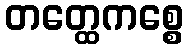
တတ္ထေကစ္စေ